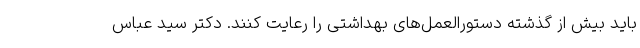
باید بیش از گذشته دستورالعمل‌های بهداشتی را رعایت کنند. دکتر سید عباس